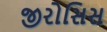
જીરોસિસ